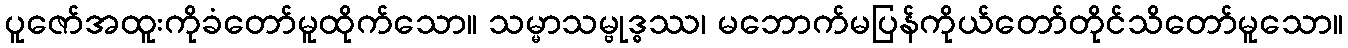
ပူဇော်အထူးကိုခံတော်မူထိုက်သော။ သမ္မာသမ္ဗုဒ္ဓဿ၊ မဘောက်မပြန်ကိုယ်တော်တိုင်သိတော်မူသော။